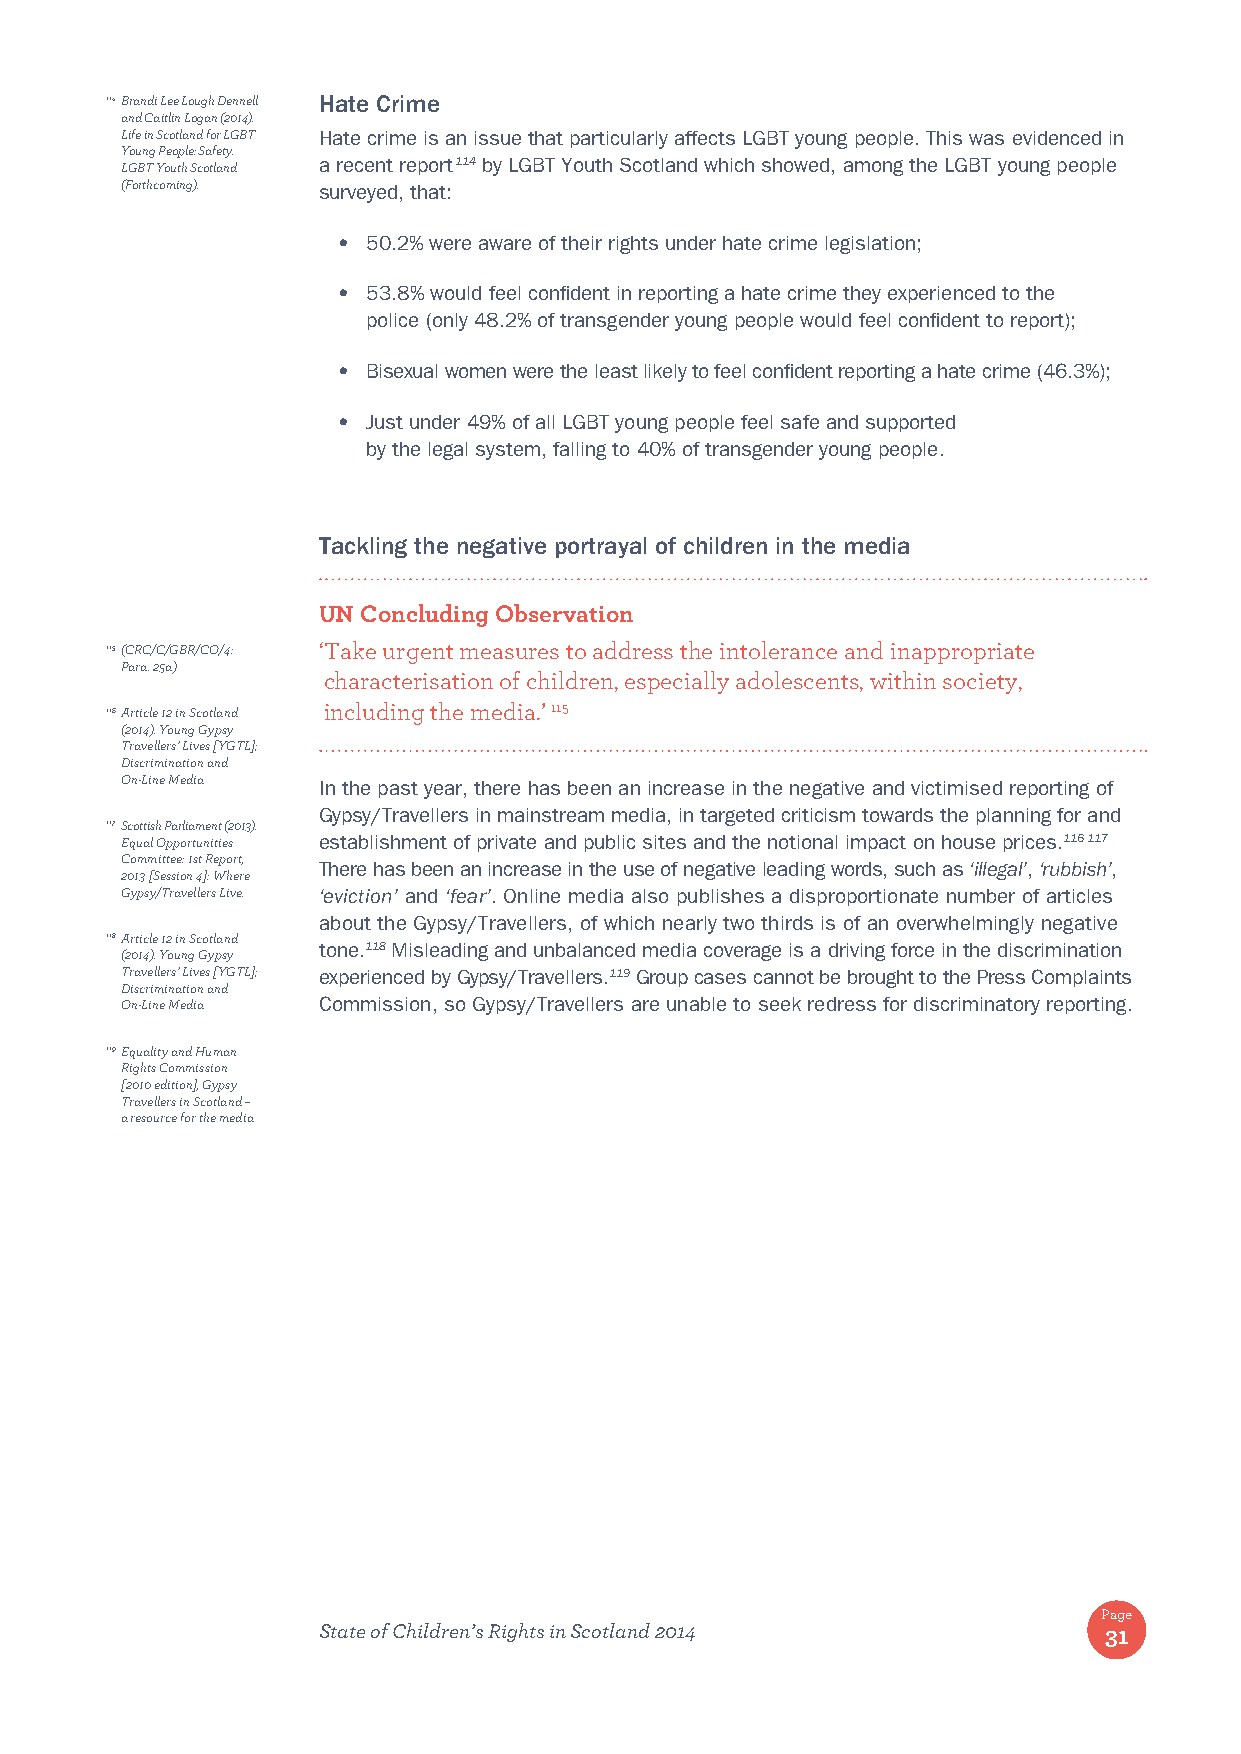
114 Brandi Lee Lough Dennell Hate Crime
 and Caitlin Logan (2014).
 Life in Scotland for LGBT Hate crime is an issue that particularly affects LGBT young people. This was evidenced in
 Young People: Safety.
 LGBT Youth Scotland a recent report 114 by LGBT Youth Scotland which showed, among the LGBT young people
 (Forthcoming). surveyed, that:
 • 50.2% were aware of their rights under hate crime legislation;
 • 53.8% would feel confident in reporting a hate crime they experienced to the
 police (only 48.2% of transgender young people would feel confident to report);
 • Bisexual women were the least likely to feel confident reporting a hate crime (46.3%);
 • Just under 49% of all LGBT young people feel safe and supported
 by the legal system, falling to 40% of transgender young people.
 Tackling the negative portrayal of children in the media
 UN Concluding Observation
 115 (CRC/C/GBR/CO/4: ‘ Take urgent measures to address the intolerance and inappropriate
 Para. 25a)
 characterisation of children, especially adolescents, within society,
 116 Article 12 in Scotland including the media.’ 115
 (2014). Young Gypsy
 Travellers’ Lives [YGTL];
 Discrimination and
 On-Line Media In the past year, there has been an increase in the negative and victimised reporting of
 Gypsy/Travellers in mainstream media, in targeted criticism towards the planning for and
 117 Scottish Parliament (2013).
 Equal Opportunities establishment of private and public sites and the notional impact on house prices.116 117
 Committee: 1st Report,
 There has been an increase in the use of negative leading words, such as ‘illegal’, ‘rubbish’,
 2013 [Session 4]: Where
 Gypsy/Travellers Live. ‘eviction’ and ‘fear’. Online media also publishes a disproportionate number of articles
 about the Gypsy/Travellers, of which nearly two thirds is of an overwhelmingly negative
 118 Article 12 in Scotland
 tone.118 Misleading and unbalanced media coverage is a driving force in the discrimination
 (2014). Young Gypsy
 Travellers’ Lives [YGTL]; experienced by Gypsy/Travellers.119 Group cases cannot be brought to the Press Complaints
 Discrimination and
 On-Line Media Commission, so Gypsy/Travellers are unable to seek redress for discriminatory reporting.
 119 Equality and Human
 Rights Commission
 [2010 edition], Gypsy
 Travellers in Scotland –
 a resource for the media
 Page
 State of Children’s Rights in Scotland 2014         31